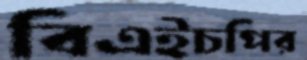
বিএইচপির